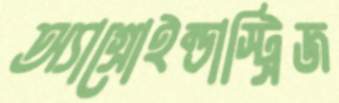
অ্যাগ্রোইন্ডাস্ট্রিজ